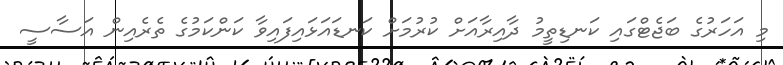
މި އަހަރުގެ ބަޖެޓްގައި ކަނޑިތީމު ދާއިރާއަށް ކުރުމަށް ކަނޑައަޅައިފައިވާ ކަންކަމުގެ ތެރެއިން އަސާސީ